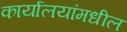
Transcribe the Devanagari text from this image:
कार्यालयांमधील